Annual report of the Imperial Bacteriological Laboratory, Muktesar
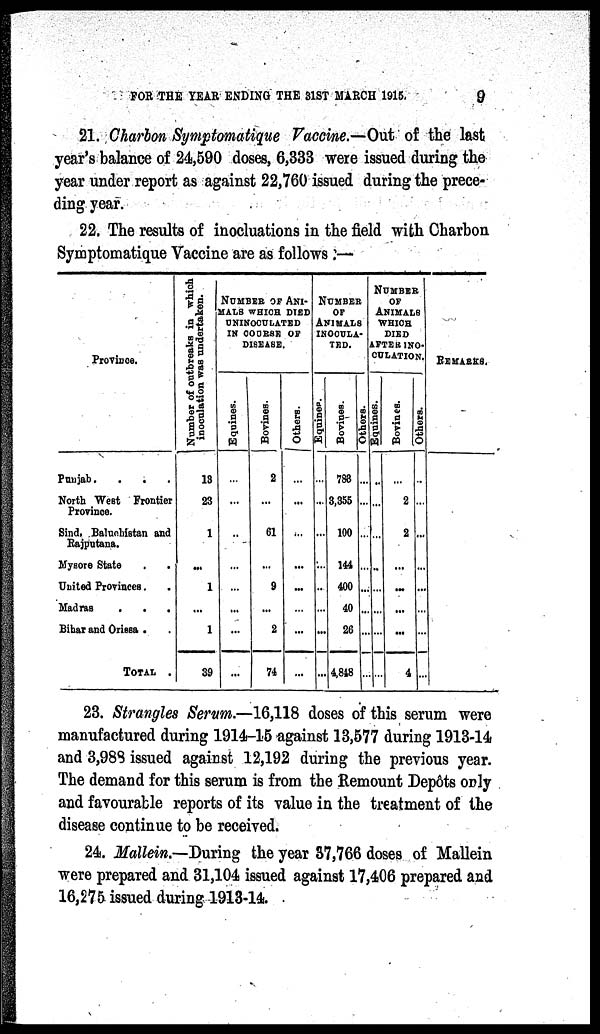
FOR THE YEAR ENDING THE 31ST MARCH 1915.
9
21. Charbon Symptomatique Vaccine.—Out of the last
year's balance of 24,590 doses, 6,333 were issued during the
year under report as against 22,760 issued during the prece-
ding year.
22. The results of inocluations in the field with Charbon
Symptomatique Vaccine are as follows :—
Province.
Punjab.
.
. .
North West Frontier
Province.
Sind, Baluchistan and
Rajputana.
Mysore State . .
United Provinces. .
Madras
.
.
.
Bihar and Orissa . .
TOTAL .
Number of outbreaks in which
inoculation was undertaken.
13
23
1
...
1
...
1
39
NUMBER OF ANI¬
MALS WHICH DIED
UNINOCULATED
IN COURSE OF
DISEASE.
Equines.
...
...
...
...
...
...
...
...
Bovines.
2
...
61
...
9
...
2
74
Others.
...
...
...
...
...
...
...
...
NUMBER
OF
ANIMALS
INOCULA¬
TED.
Equines.
...
...
...
...
...
...
...
...
Bovines.
788
3,355
100
144
400
40
26
4,848
Others.
...
...
...
...
...
...
...
...
NUMBER
OF
ANIMALS
WHICH
DIED
AFTER INO-
CULATION.
Equines.
...
...
...
...
...
...
...
...
Bovines.
...
2
2
...
...
...
...
4
Others.
...
...
...
...
...
...
...
...
REMARKS.
23. Strangles Serum.—16,118 doses of this serum were
manufactured during 1914-15 against 13,577 during 1913-14
and 3,988 issued against 12,192 during the previous year.
The demand for this serum is from the Remount Depôts only
and favourable reports of its value in the treatment of the
disease continue to be received.
24. Mallein.—During the year 37,766 doses of Mallein
were prepared and 31,104 issued against 17,406 prepared and
16,275 issued during 1913-14.